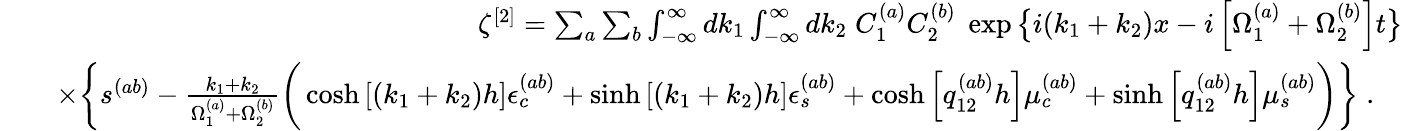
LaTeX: \begin{array}{rlr}&{}&{\zeta^{[2]}=\sum_{a}\sum_{b}\int_{-\infty}^{\infty}dk_{1}\int_{-\infty}^{\infty}dk_{2}\; C_{1}^{(a)}C_{2}^{(b)}\; \exp\big\{ i(k_{1}+k_{2})x-i\left[\Omega_{1}^{(a)}+\Omega_{2}^{(b)}\right]t\big\} }\\ &{}&{\times\bigg\{ s^{(ab)}-\frac{k_{1}+k_{2}}{\Omega_{1}^{(a)}+\Omega_{2}^{(b)}}\bigg(\cosh\left[(k_{1}+k_{2})h\right]\epsilon_{c}^{(ab)}+\sinh\left[(k_{1}+k_{2})h\right]\epsilon_{s}^{(ab)}+\cosh\left[q_{12}^{(ab)}h\right]\mu_{c}^{(ab)}+\sinh\left[q_{12}^{(ab)}h\right]\mu_{s}^{(ab)}\bigg)\bigg\} \; .\quad}\end{array}